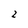
Character: 2